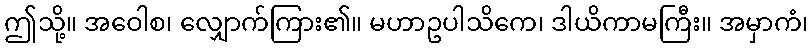
ဤသို့။ အဝေါစ၊ လျှောက်ကြား၏။ မဟာဥပါသိကေ၊ ဒါယိကာမကြီး။ အမှာကံ၊